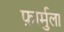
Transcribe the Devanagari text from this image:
फ़ार्मुला